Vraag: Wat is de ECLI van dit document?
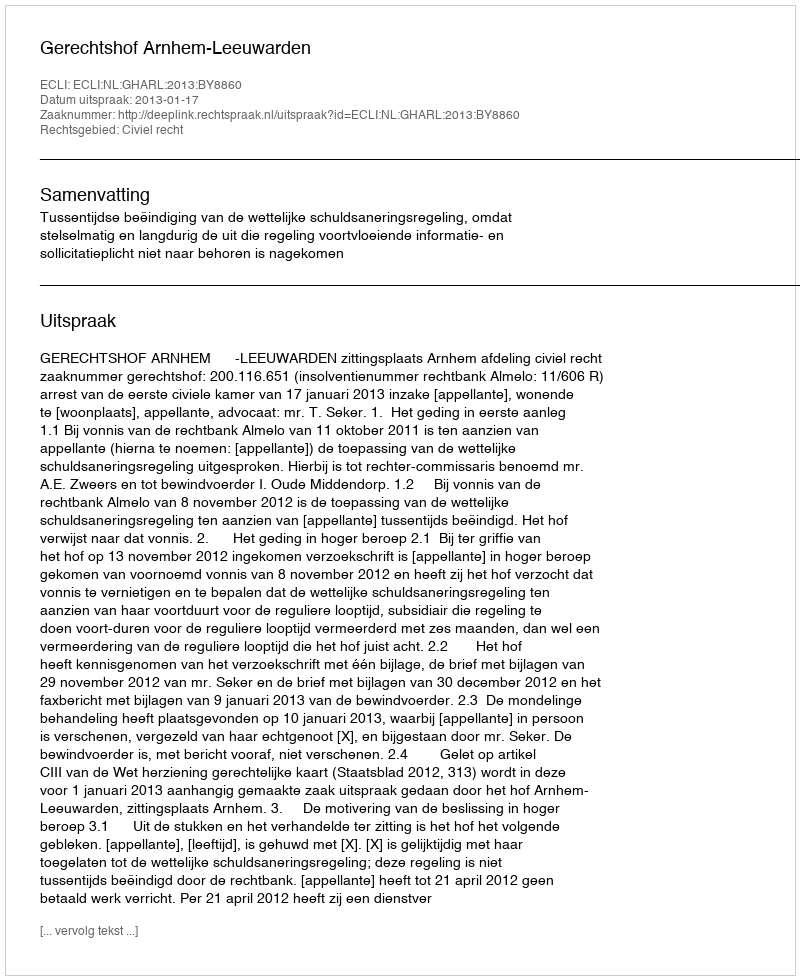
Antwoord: ECLI:NL:GHARL:2013:BY8860